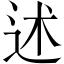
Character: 述